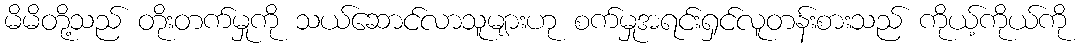
မိမိတို့သည် တိုးတက်မှုကို သယ်ဆောင်လာသူများဟု စက်မှုအရင်းရှင်လူတန်းစားသည် ကိုယ့်ကိုယ်ကို